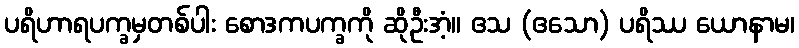
ပရိဟာရပက္ခမှတစ်ပါး စောဒကပက္ခကို ဆိုဦးအံ့။ ဧသ (ဧသော) ပရိဿ ယောနာမ၊